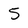
Character: 5